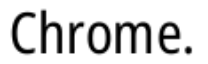
Chrome.